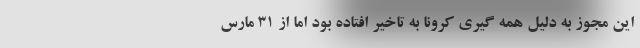
این مجوز به دلیل همه گیری کرونا به تاخیر افتاده بود اما از ۳۱ مارس